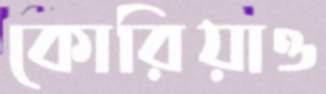
কোরিয়াও